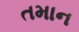
તમાન